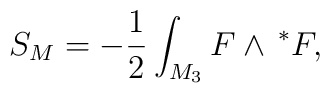
S_M=-\frac 12\int_{M_3}F\wedge {\thinspace}^{*}F ,